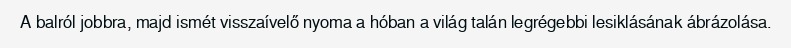
A balról jobbra, majd ismét visszaívelő nyoma a hóban a világ talán legrégebbi lesiklásának ábrázolása.